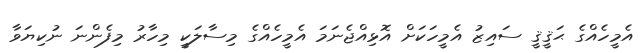
އެމީހެއްގެ ޙަޤީޤީ ސައިޒު އެމީހަކަށް އޮޅިއްޖެނަމަ އެމީހެއްގެ މިސާލަކީ މިހާރު މިފެންނަ ނުކިޔަވާ